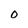
Character: O